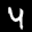
Label: 4